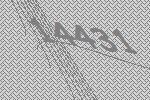
14431